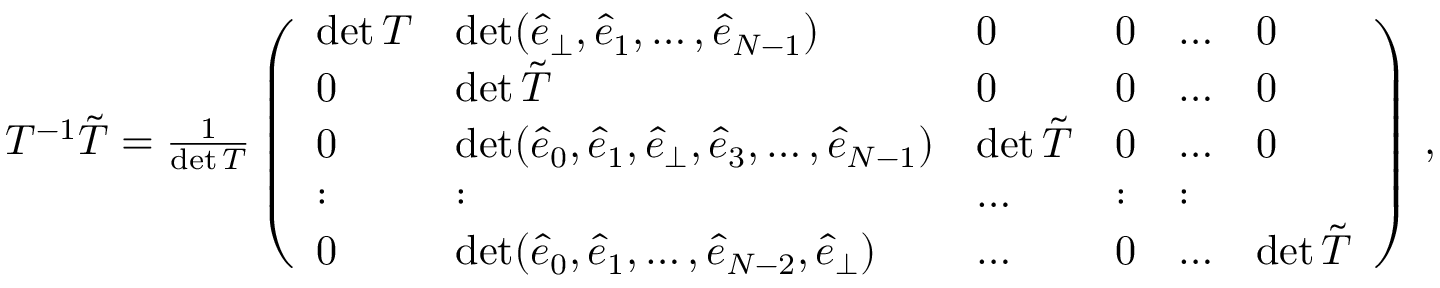
\begin{array} { r } { T ^ { - 1 } \tilde { T } = \frac { 1 } { \operatorname* { d e t } T } \left( \begin{array} { l l l l l l } { \operatorname* { d e t } T } & { \operatorname* { d e t } ( \hat { e } _ { \perp } , \hat { e } _ { 1 } , \dots , \hat { e } _ { N - 1 } ) } & { 0 } & { 0 } & { \dots } & { 0 } \\ { 0 } & { \operatorname* { d e t } \tilde { T } } & { 0 } & { 0 } & { \dots } & { 0 } \\ { 0 } & { \operatorname* { d e t } ( \hat { e } _ { 0 } , \hat { e } _ { 1 } , \hat { e } _ { \perp } , \hat { e } _ { 3 } , \dots , \hat { e } _ { N - 1 } ) } & { \operatorname* { d e t } \tilde { T } } & { 0 } & { \dots } & { 0 } \\ { : } & { : } & { \dots } & { : } & { : } \\ { 0 } & { \operatorname* { d e t } ( \hat { e } _ { 0 } , \hat { e } _ { 1 } , \dots , \hat { e } _ { { N } - 2 } , \hat { e } _ { \perp } ) } & { \dots } & { 0 } & { \dots } & { \operatorname* { d e t } \tilde { T } } \end{array} \right) \, , } \end{array}